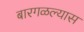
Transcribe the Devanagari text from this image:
बारगळल्यास